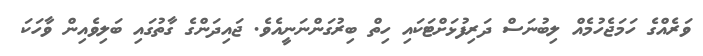
ވަރެއްގެ ހަމަޖެހުމެއް ލިބުނަސް ދަރިފުޅަށްޓަކައި ހިތް ބިރުގަންނަނީއެވެ. ޖައިދަންގެ ގާތުގައި ބަލިވެއިން ވާހަކަ